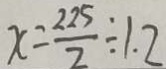
x = \frac { 2 2 5 } { 2 } \div 1 . 2